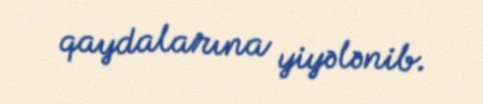
qaydalarına yiyələnib.